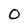
Character: O